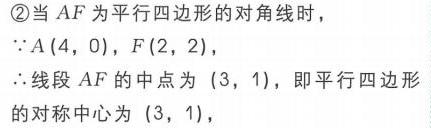
\textcircled{2}当\(AF\)为平行四边形的对角线时，
\(\because A(4,0)\)，\(F(2,2)\)，
\(\therefore\)线段\(AF\)的中点为\((3,1)\)，即平行四边形的对称中心为\((3,1)\)，